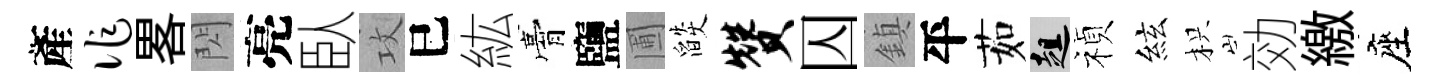
產作畧閃亮臥攻巳紘膏鹽圃燄赞囚鎮平茹趄禎絃枳効繳座